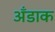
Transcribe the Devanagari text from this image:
अँडाक